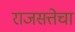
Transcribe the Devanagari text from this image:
राजसत्तेचा